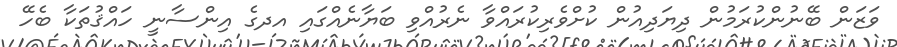
ވަޒަން ބޭނުންކުރަމުން ދިޔަދިއުން ކުށްވެރިކުރައްވާ ނެރުއްވި ބަޔާނެއްގައި އދގެ އިންސާނީ ހައްޤުތަކާ ބެހޭ